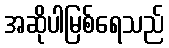
အဆိုပါမြစ်ရေသည်